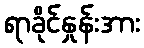
ရာခိုင်နှုန်းအား